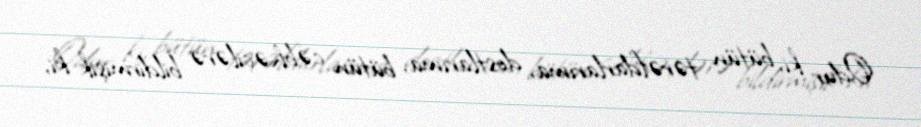
Odur ki, bütün tərəfdarlarıma, dostlarıma, bütün cəbhəçilərə bildirmişik ki,